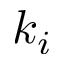
k _ { i }